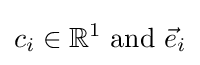
c_{i}\in \mathbb {R} ^{1}{\text{ and }}{\vec {e}}_{i}